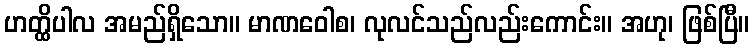
ဟတ္ထိပါလ အမည်ရှိသော။ မာဏဝေါစ၊ လုလင်သည်လည်းကောင်း။ အဟု၊ ဖြစ်ပြီ။